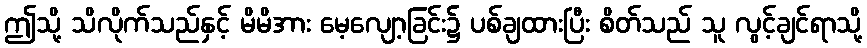
ဤသို့ သိလိုက်သည်နှင့် မိမိအား မေ့လျော့ခြင်း၌ ပစ်ချထားပြီး စိတ်သည် သူ လွင့်ချင်ရာသို့